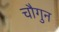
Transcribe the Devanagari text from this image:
चौगुन